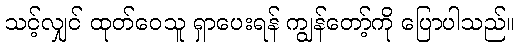
သင့်လျှင် ထုတ်ဝေသူ ရှာပေးရန် ကျွန်တော့်ကို ပြောပါသည်။